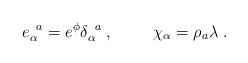
\begin{align*}e_{\alpha}^{\;\;a}=e^{\phi}\delta_{\alpha}^{\;\;a}\;,\hspace{1cm}\chi_{\alpha}=\rho_{a}\lambda\;.\end{align*}